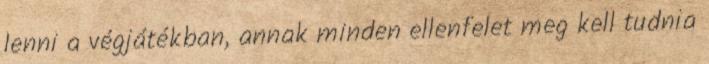
lenni a végjátékban, annak minden ellenfelet meg kell tudnia